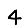
Digit: 4